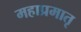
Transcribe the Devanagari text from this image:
महाप्रमातृ